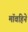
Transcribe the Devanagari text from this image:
मॉवहिने